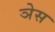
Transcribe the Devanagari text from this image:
ञेस